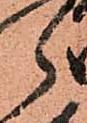
郎